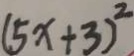
( 5 x + 3 ) ^ { 2 }